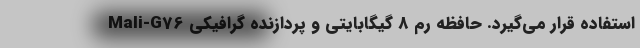
استفاده قرار می‌گیرد. حافظه رم 8 گیگابایتی و پردازنده گرافیکی Mali-G76